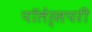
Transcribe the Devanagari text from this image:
पॉलेर्सपरी